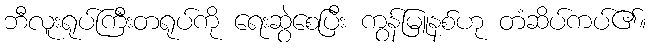
ဘီလူးရုပ်ကြီးတရုပ်ကို ရေးဆွဲစေပြီး ကွန်မြူနစ်ဟု တံဆိပ်ကပ်၏။